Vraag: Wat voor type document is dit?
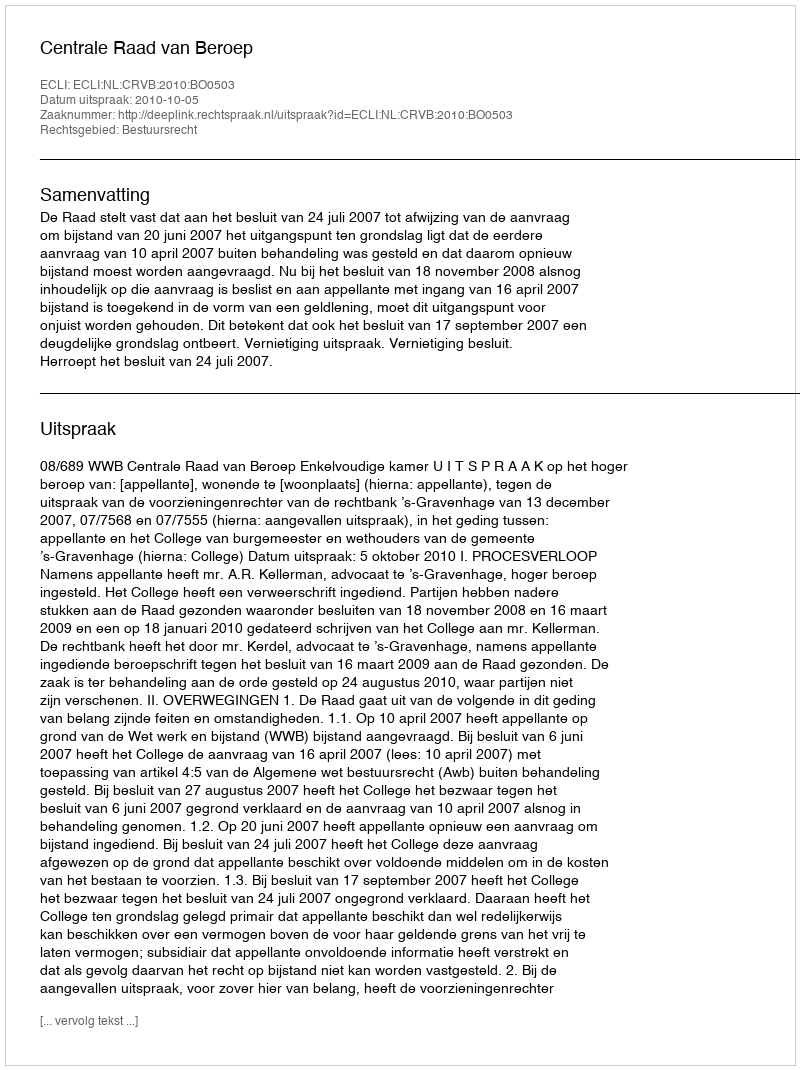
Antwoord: Uitspraak